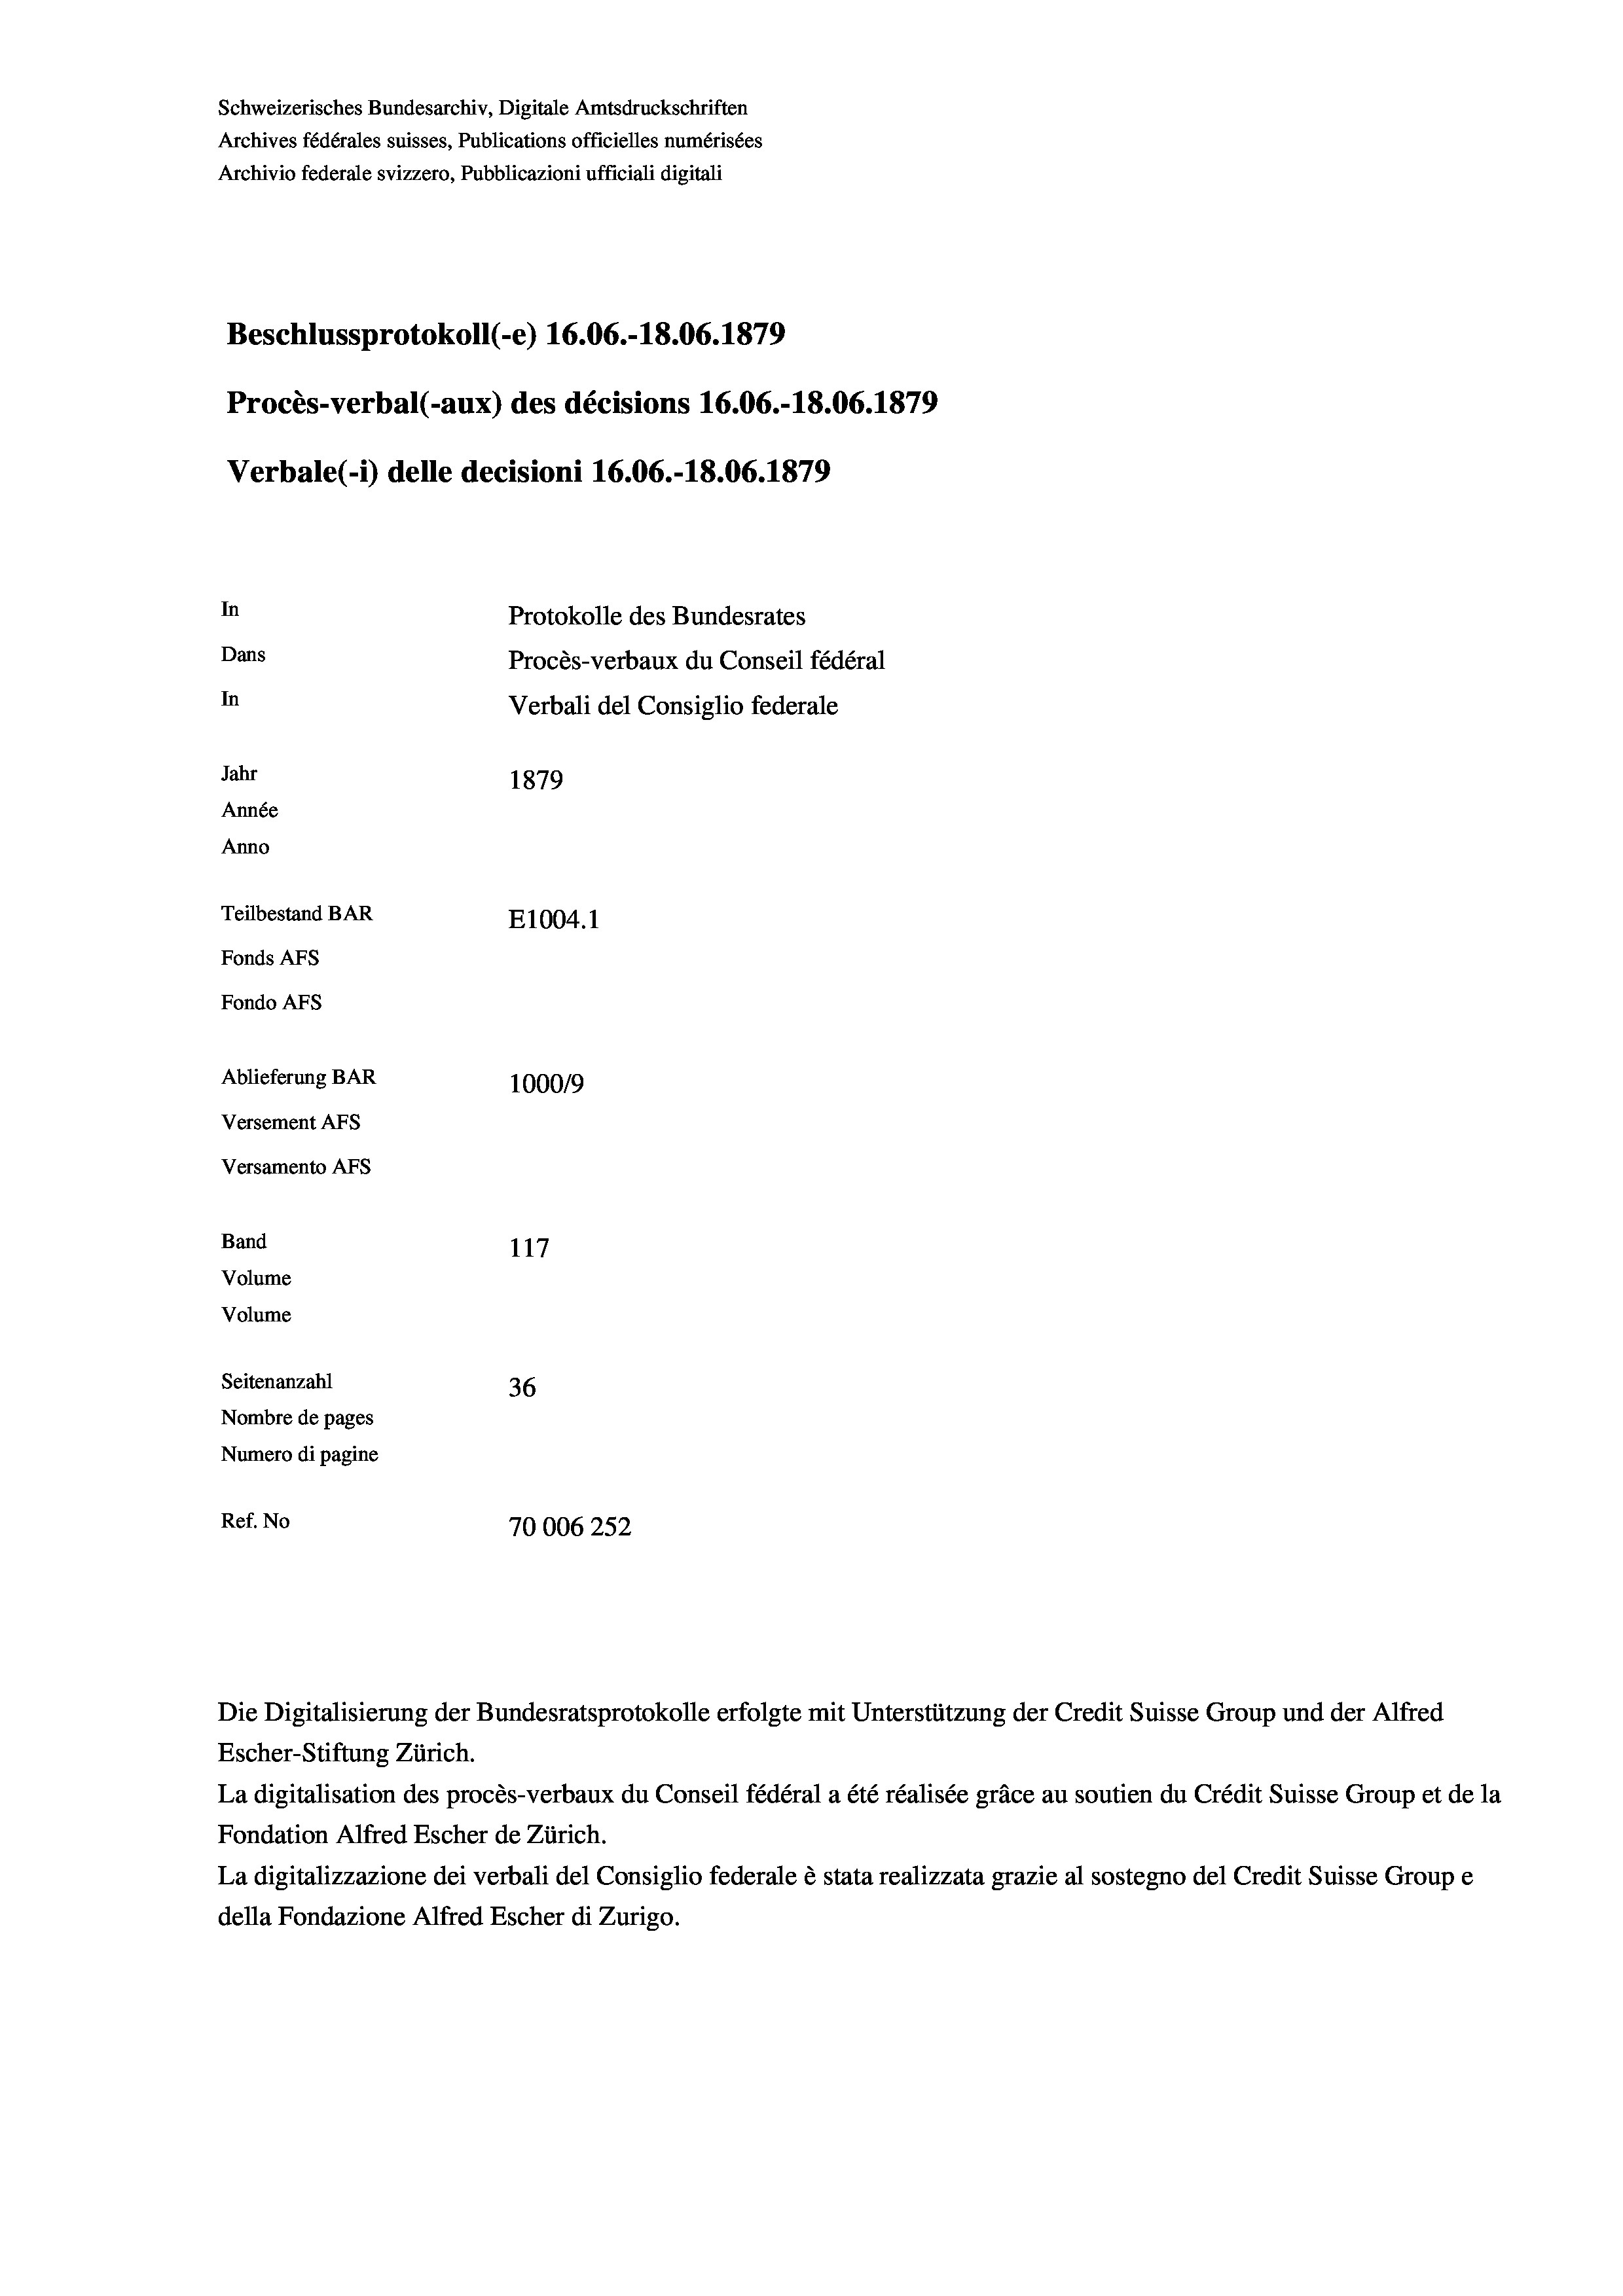
Schweizerisches Bundesarchiv, Digitale Amtsdruckschriften
Archives fédérales suisses, Publications officielles numérisées
Archivio federale svizzero, Pubblicazioni ufficiali digitali
Beschlussprotokoll (-e) 16.06.-18.06. 1879
Procès-verbal (-aux) des décisions 16.06.-18.06. 1879
Verbale(- 1) delle decisioni 16.06.-18.06. 1879
In
Protokolle des Bundesrates
Dans
Procès-verbaux du Conseil fédéral
In
Verbali del Consiglio federale
Jahr
1879
Année
Anno
Teilbestand BAR
E1004.1
Fonds AFs
Fondo AFS
Ablieferung BAR
100019
Versement AFs
Versamento AFs
Band
117
Volume
Volume
Seitenanzahl
36
Nombre de pages
Numero di pagine
Ref. No
70006252

La digitalisation des procès-verbaux du Conseil fédéral a été réalisée gräce au soutien du Crédit Suisse Group et de la
Fondation Alfred Escher de Zürich.
La digitalizzazione dei verbali del Consiglio federale è stata realizzata grazie al sostegno del Credit Suisse Groupe
della Fondazione Alfred Escher di Zurigo.

Escher-Stiftung Zürich.

Die Digitalisierung der Bundesratsprotokolle erfolgte mit Unterstützung der Credit Suisse Group und der Alfred